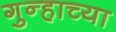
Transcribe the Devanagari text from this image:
गुन्हाच्या